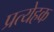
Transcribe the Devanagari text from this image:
प्रत्येहक